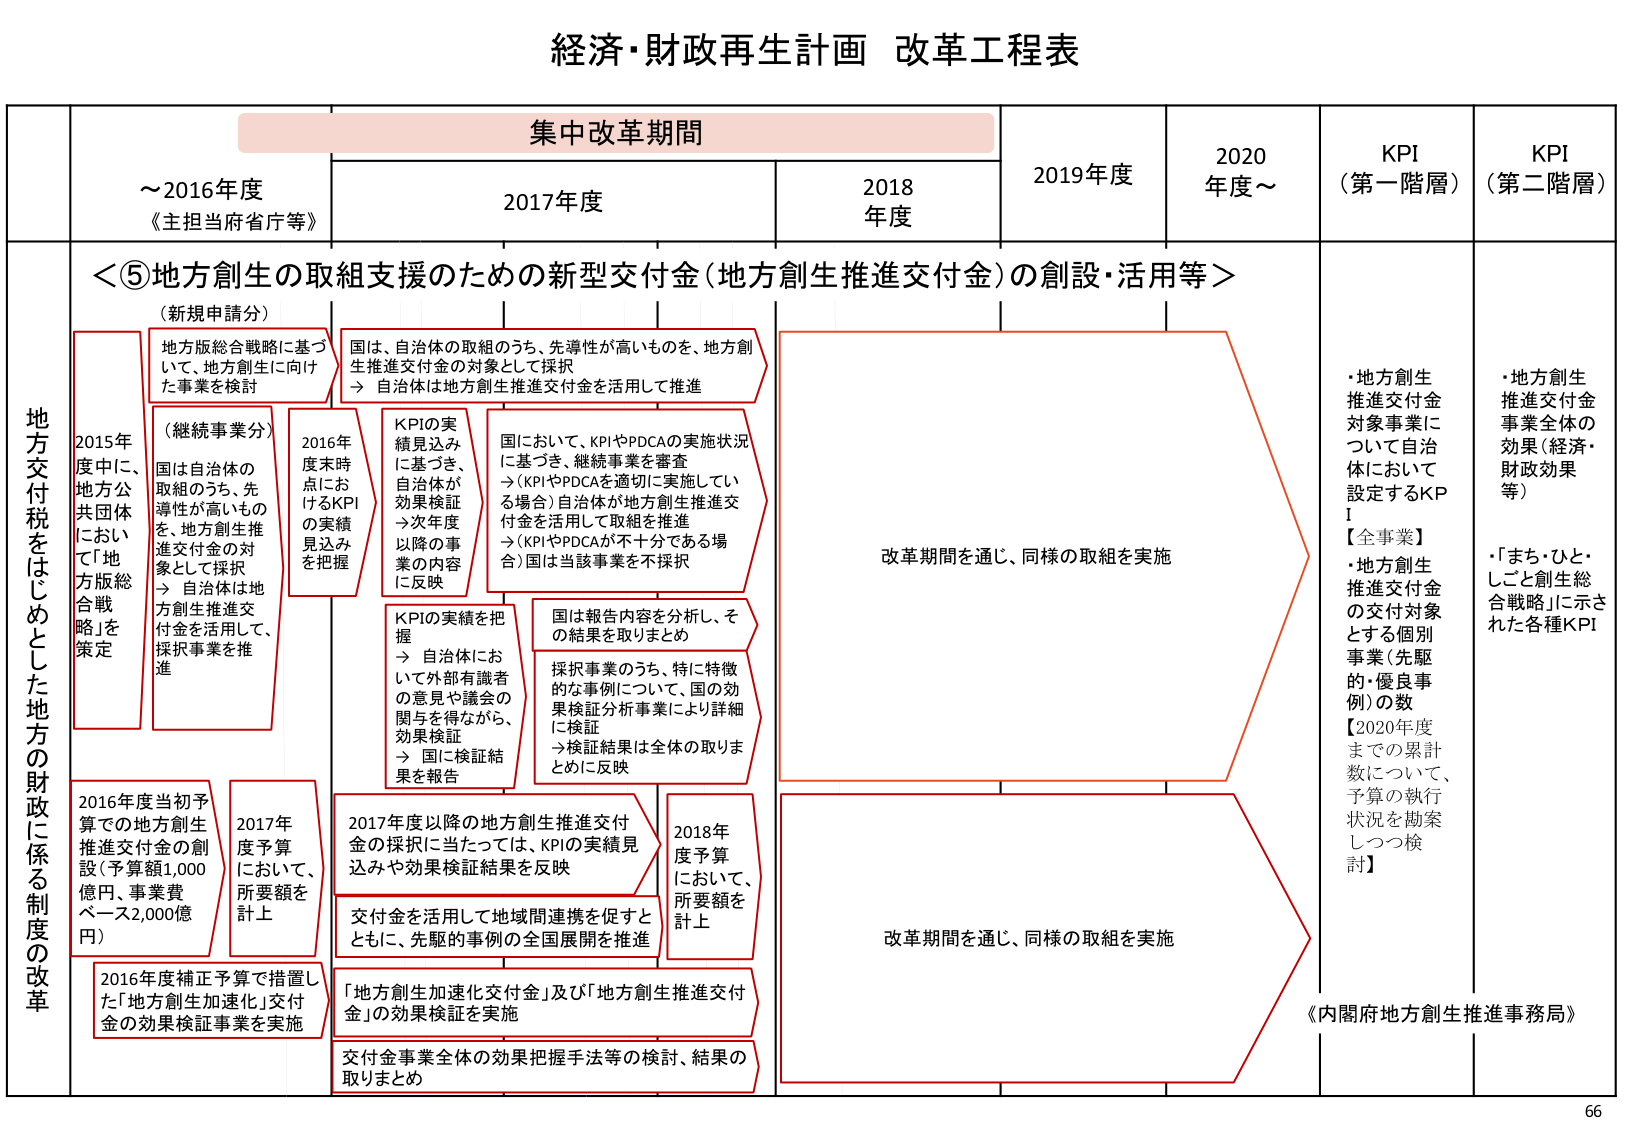
経済・財政再生計画 改革工程表

集中改革期間

～2016年度
《主担当府省庁等》

2017年度

2018年度

2019年度

2020年度～

KPI（第一階層）

KPI（第二階層）

地方交付税をはじめとした地方の財政に係る制度の改革

＜⑤地方創生の取組支援のための新型交付金（地方創生推進交付金）の創設・活用等＞

（新規申請分）
地方版総合戦略に基づいて、地方創生に向けた事業を検討

（継続事業分）
2015年度中に、地方公共団体において「地方版総合戦略」を策定
国は自治体の取組のうち、先導性が高いものを、地方創生推進交付金の対象として採択
→ 自治体は地方創生推進交付金を活用して、採択事業を推進

2016年度当初予算での地方創生推進交付金の創設（予算額1,000億円、事業費ベース2,000億円）
2016年度補正予算で措置した「地方創生加速化」交付金の効果検証事業を実施

2016年度末時点におけるKPIの実績見込みを把握

国は、自治体の取組のうち、先導性が高いものを、地方創生推進交付金の対象として採択
→ 自治体は地方創生推進交付金を活用して推進

KPIの実績見込みに基づき、自治体が効果検証→次年度以降の事業の内容に反映

国において、KPIやPDCAの実施状況に基づき、継続事業を審査
→（KPIやPDCAを適切に実施している場合）自治体が地方創生推進交付金を活用して取組を推進
→（KPIやPDCAが不十分である場合）国は当該事業を不採択

KPIの実績を把握
→ 自治体において外部有識者の意見や議会の関与を得ながら、効果検証
→ 国に検証結果を報告

国は報告内容を分析し、その結果を取りまとめ
採択事業のうち、特に特徴的な事例について、国の効果検証分析事業により詳細に検証
→検証結果は全体の取りまとめに反映

2017年度予算において、所要額を計上

2017年度以降の地方創生推進交付金の採択に当たっては、KPIの実績見込みや効果検証結果を反映

交付金を活用して地域間連携を促すとともに、先駆的事例の全国展開を推進

「地方創生加速化交付金」及び「地方創生推進交付金」の効果検証を実施

交付金事業全体の効果把握手法等の検討、結果の取りまとめ

2018年度予算において、所要額を計上

改革期間を通じ、同様の取組を実施

改革期間を通じ、同様の取組を実施

・地方創生推進交付金対象事業について自治体において設定するKPI
【全事業】
・地方創生推進交付金の交付対象とする個別事業（先駆的・優良事例）の数
【2020年度までの累計数について、予算の執行状況を勘案しつつ検討】

・地方創生推進交付金事業全体の効果（経済・財政効果等）
・「まち・ひと・しごと創生総合戦略」に示された各種KPI

《内閣府地方創生推進事務局》

66